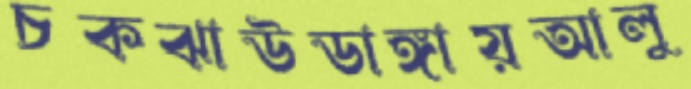
চকঝাউডাঙ্গায়আলু